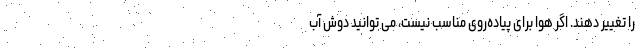
را تغییر دهند. اگر هوا برای پیاده‌روی مناسب نیست، می توانید دوش آب